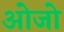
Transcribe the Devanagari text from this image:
ओजो